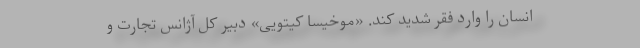
انسان را وارد فقر شدید کند. «موخیسا کیتویی» دبیر کل آژانس تجارت و